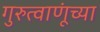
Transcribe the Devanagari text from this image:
गुरुत्वाणूंच्या